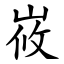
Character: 峳